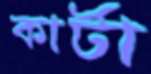
কার্টা